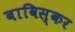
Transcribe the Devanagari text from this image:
बाविस्कर